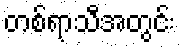
တစ်ရာသီအတွင်း